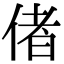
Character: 偖